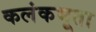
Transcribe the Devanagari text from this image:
कलंकभूता